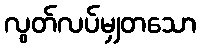
လွတ်လပ်မျှတသော